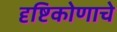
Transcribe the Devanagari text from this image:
दृष्टिकोणाचे